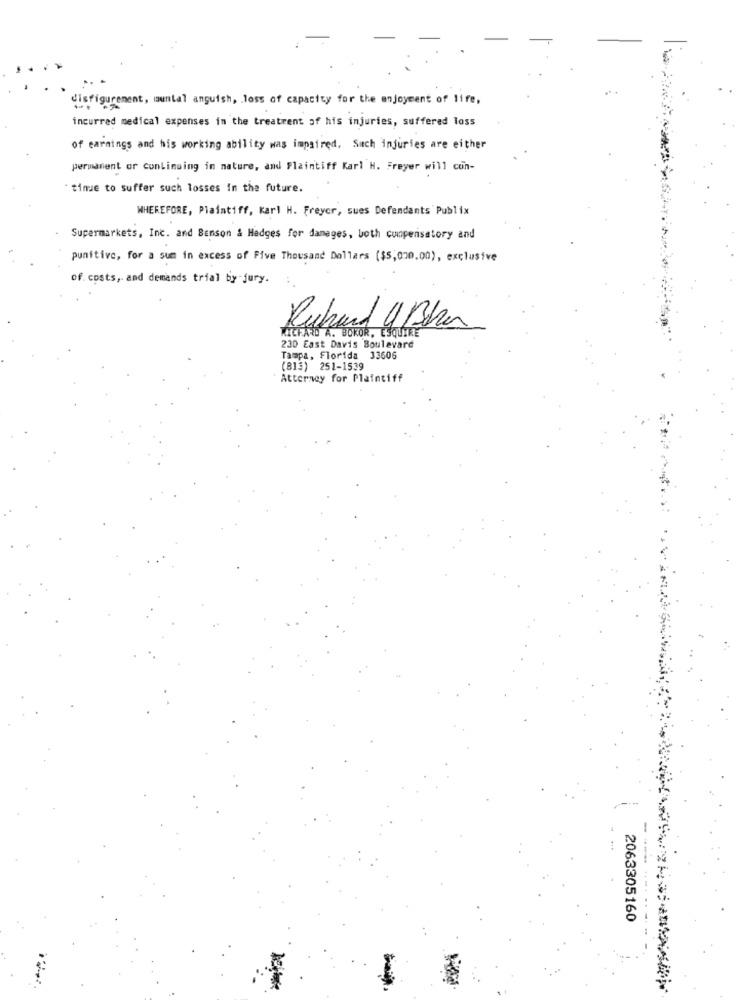
disfigurement, auntal anguish, loss of capacity for the enjoyment of life,
incurred medical expenses in the treatment of his injuries, suffered loss
of earnings and his working ability was impaired, Such injuries are either
permanent or continuing in nature, and Plaintiff Karl H. Freyer will con-
time to suffer such losses in the future.
WHEREFORE, Plaintiff, Karl H. Freycr, sues Defendants Publix
Supermarkets, Inc. and Benson & Hedges for damages, both compensatory and
punitive, for a sum in excess of Five Thousand Dollars ($5,000.00), exclusive
of. costs, and demands trial by-jury.
KICFARD A. BOKOR, ESQUÍKE
Richard 4 Bhar
230 East Davis Boulevard
Tampa, Florida 33606
(813) 251-1539
Attorney for Plaintiff
2063305160